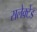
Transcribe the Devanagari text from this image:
सलेक्टेड